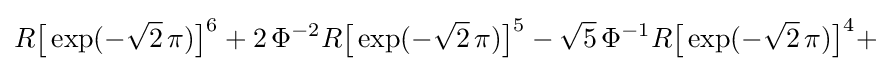
R{\bigl [}\exp(-{\sqrt {2}}\,\pi ){\bigr ]}^{6}+2\,\Phi ^{-2}R{\bigl [}\exp(-{\sqrt {2}}\,\pi ){\bigr ]}^{5}-{\sqrt {5}}\,\Phi ^{-1}R{\bigl [}\exp(-{\sqrt {2}}\,\pi ){\bigr ]}^{4}+